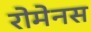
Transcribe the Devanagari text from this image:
रोमेनस